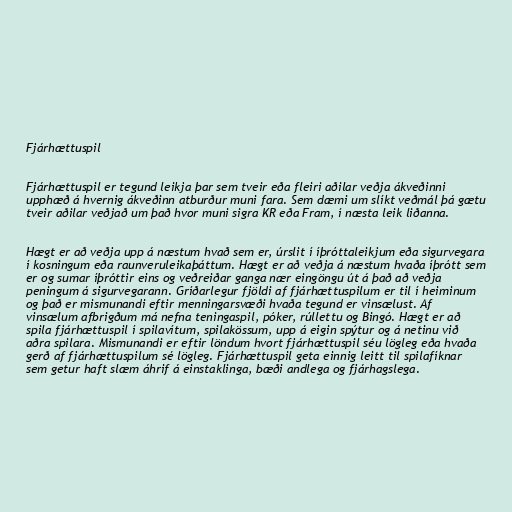
Fjárhættuspil

Fjárhættuspil er tegund leikja þar sem tveir eða fleiri aðilar veðja ákveðinni
upphæð á hvernig ákveðinn atburður muni fara. Sem dæmi um slíkt veðmál þá gætu
tveir aðilar veðjað um það hvor muni sigra KR eða Fram, í næsta leik liðanna.

Hægt er að veðja upp á næstum hvað sem er, úrslit í íþróttaleikjum eða sigurvegara
í kosningum eða raunveruleikaþáttum. Hægt er að veðja á næstum hvaða íþrótt sem
er og sumar íþróttir eins og veðreiðar ganga nær eingöngu út á það að veðja
peningum á sigurvegarann. Gríðarlegur fjöldi af fjárhættuspilum er til í heiminum
og það er mismunandi eftir menningarsvæði hvaða tegund er vinsælust. Af
vinsælum afbrigðum má nefna teningaspil, póker, rúllettu og Bingó. Hægt er að
spila fjárhættuspil í spilavítum, spilakössum, upp á eigin spýtur og á netinu við
aðra spilara. Mismunandi er eftir löndum hvort fjárhættuspil séu lögleg eða hvaða
gerð af fjárhættuspilum sé lögleg. Fjárhættuspil geta einnig leitt til spilafíknar
sem getur haft slæm áhrif á einstaklinga, bæði andlega og fjárhagslega.